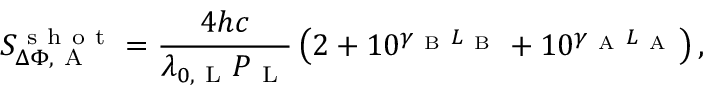
S _ { \Delta \Phi , \mathrm { ~ A ~ } } ^ { \mathrm { ~ s ~ h ~ o ~ t ~ } } = \frac { 4 h c } { \lambda _ { 0 , \mathrm { ~ L ~ } } P _ { \mathrm { ~ L ~ } } } \left( 2 + 1 0 ^ { \gamma _ { \mathrm { ~ B ~ } } L _ { \mathrm { ~ B ~ } } } + 1 0 ^ { \gamma _ { \mathrm { ~ A ~ } } L _ { \mathrm { ~ A ~ } } } \right) ,